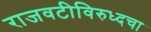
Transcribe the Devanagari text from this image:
राजवटीविरुध्दचा